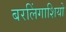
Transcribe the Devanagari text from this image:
बरलिंगाशियो